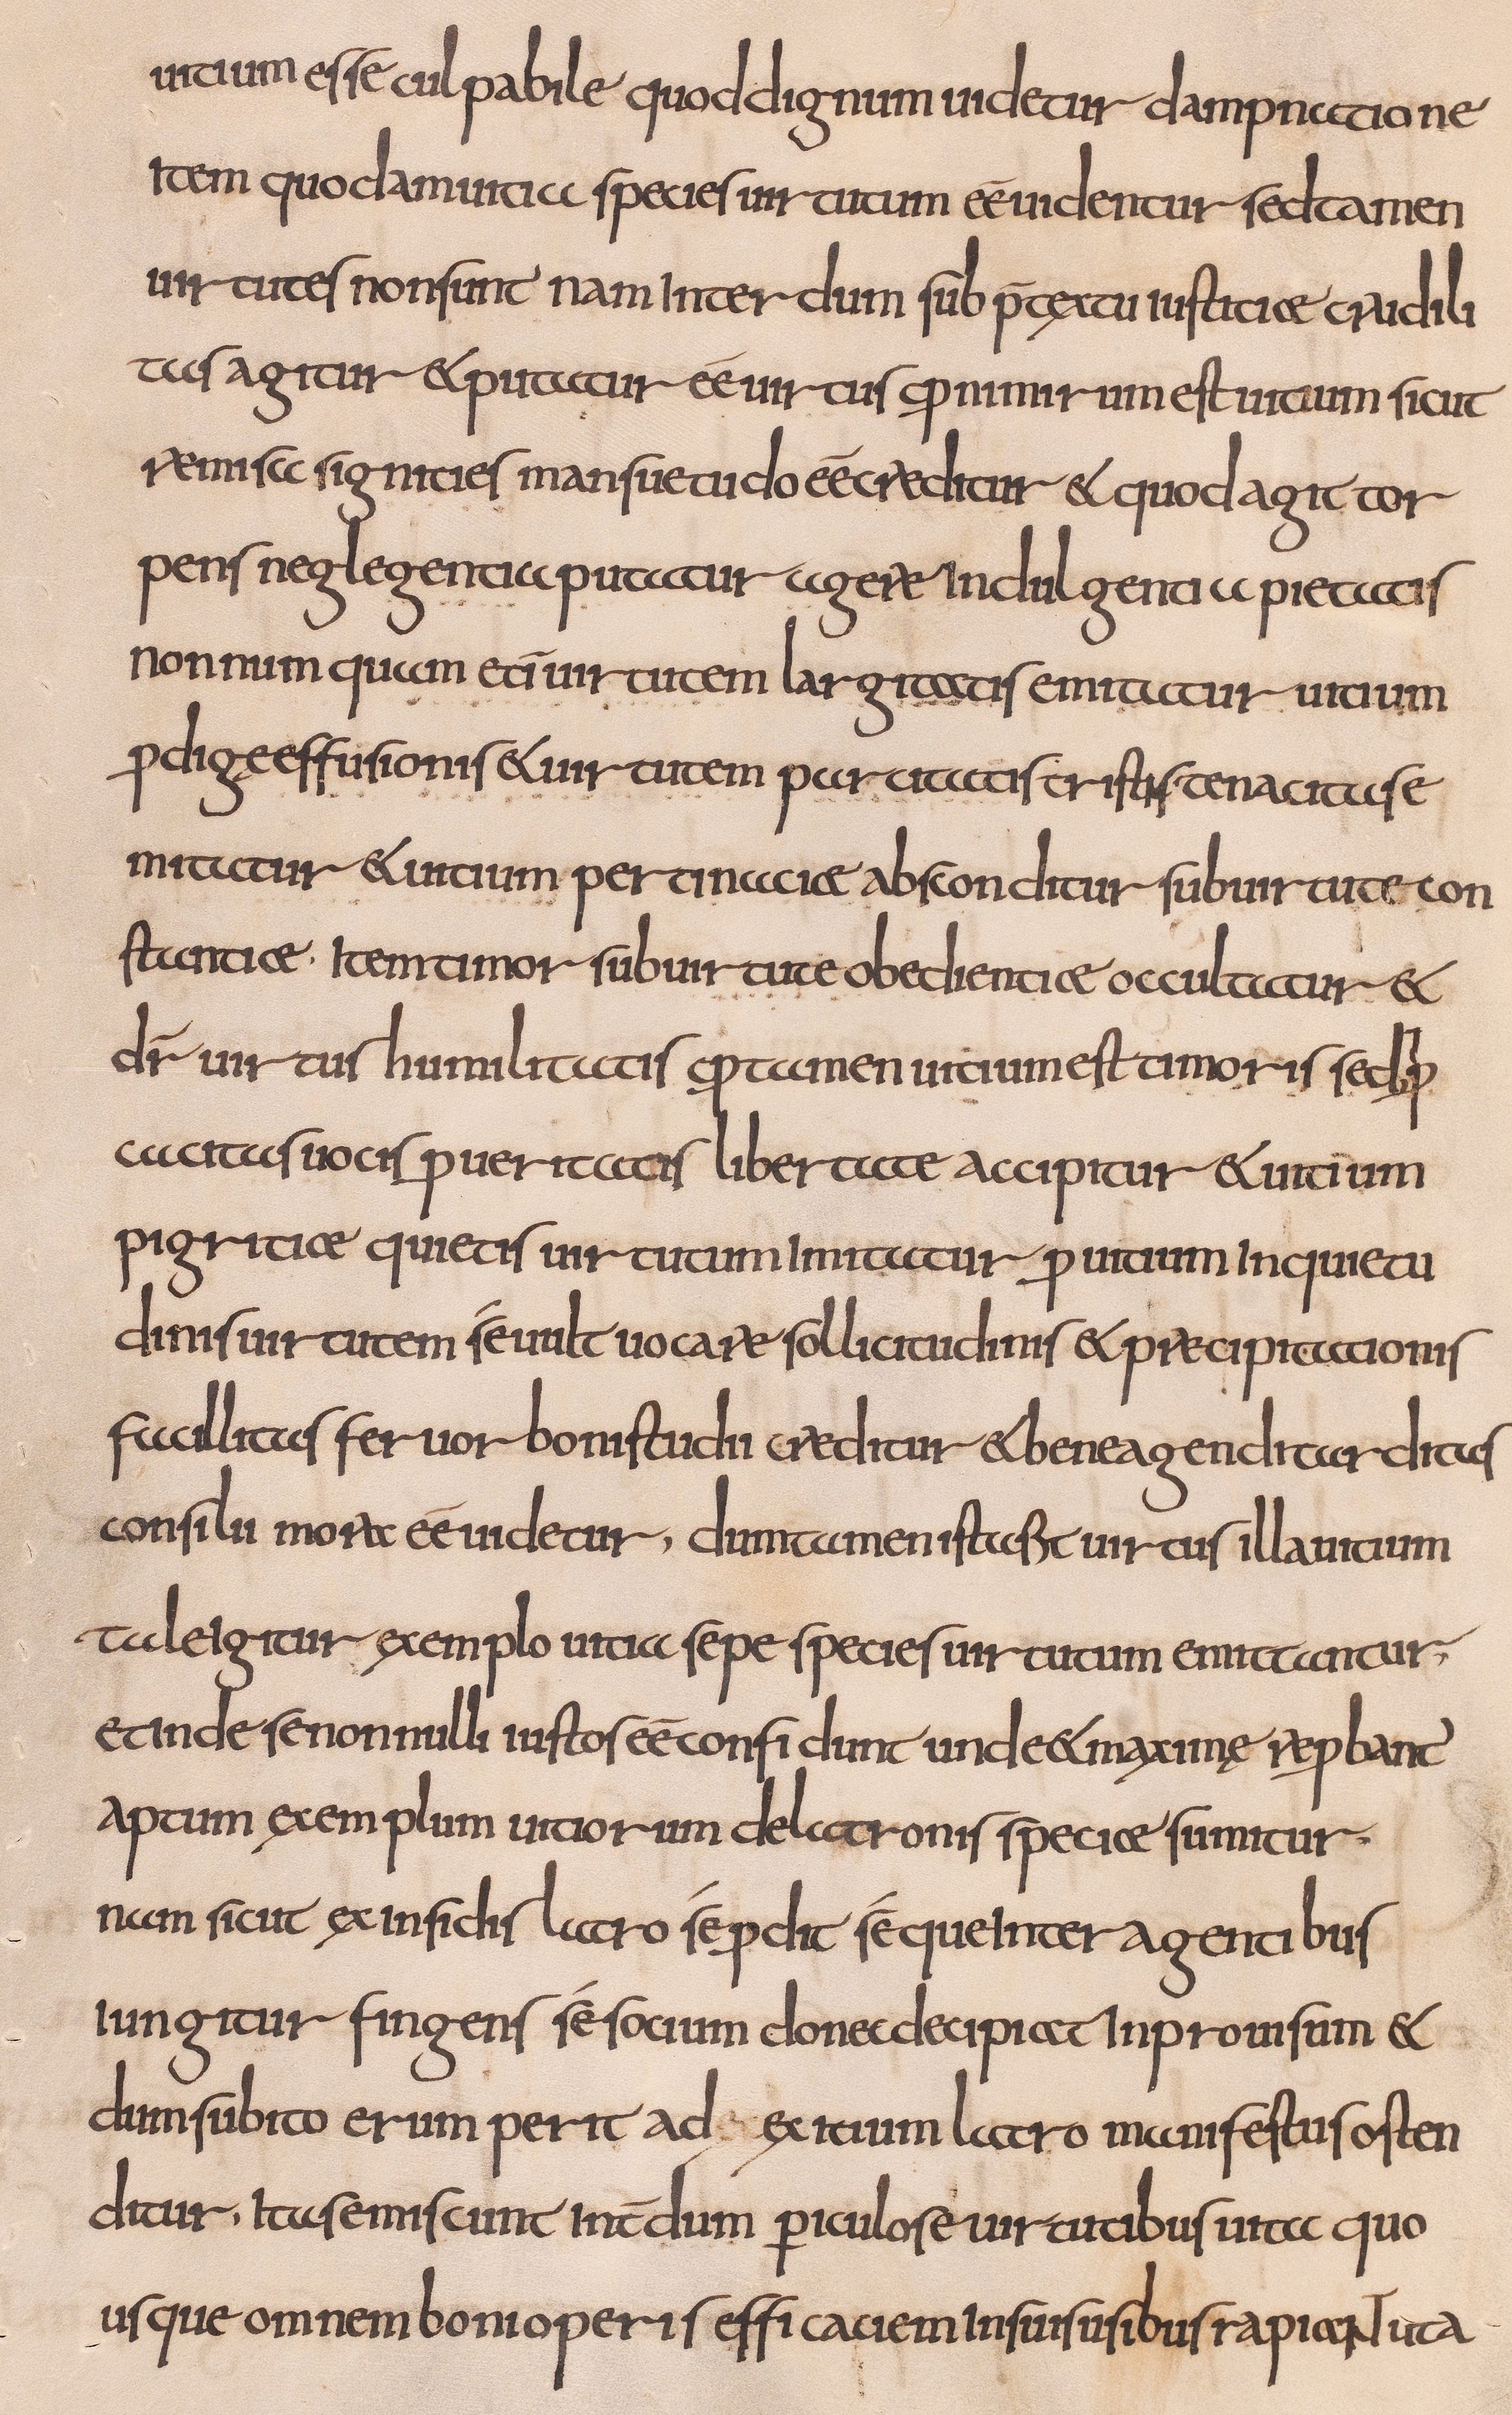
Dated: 800–832